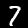
Label: 7